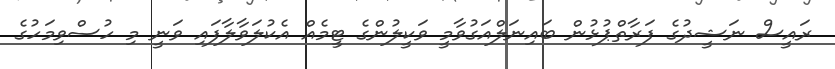
ރައީސް ނަޝީދުގެ ފަރާތްޕުޅުން ބައިނަލްއަގުވާމީ ވަކީލުންގެ ޓީމެއް އެކުލަވާލާފައި ވަނީ މި ހުސްވިމަހުގެ